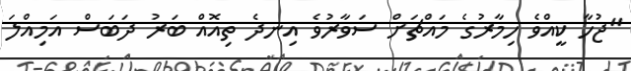
"ޖުހާ ކީއްވެ ހިމާރުގެ މައްޗަށް ސަވާރުވެ އިނދެ ތިއޮއް ބަރު ދަބަސް އަމިއްލަ